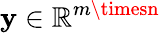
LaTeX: \mathbf{y}\in\mathbb{{R}}^{m\timesn}